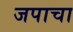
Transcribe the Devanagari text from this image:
जपाचा